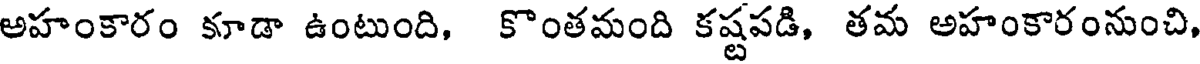
అహంకారం కూడా ఉంటుంది, కొంతమంది కష్టపడి, తమ అహంకారంనుంచి